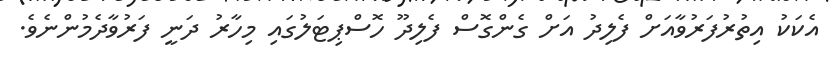
އެކަކު އިތުރުފަރުވާއަށް ފެލިދު އަށް ގެންގޮސް ފެލިދޫ ހޮސްޕިޓަލުގައި މިހާރު ދަނީ ފަރުވާދެމުންނެވެ.